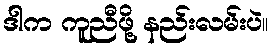
ဒါက ကူညီဖို့ နည်းလမ်းပဲ။